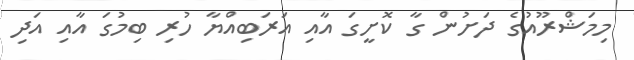
މިމަޝްރޫއުގެ ދަށުން ގާ ކޮށީގަ އާއި އަރަބިއްޔާ ހުރި ބިމުގަ އާއި އަދި